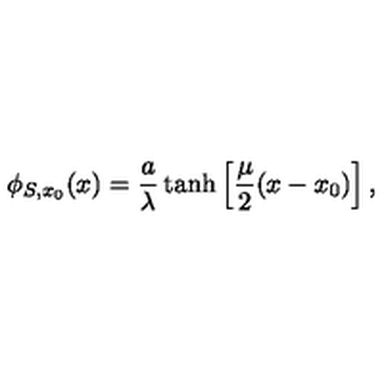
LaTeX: \phi _ { S , x _ { 0 } } ( x ) = \frac { a } { \lambda } \tanh \left[ \frac { \mu } { 2 } ( x - x _ { 0 } ) \right] ,